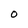
Character: O